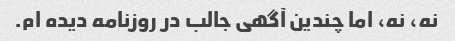
نه، نه، اما چندین آگهی جالب در روزنامه دیده ام.